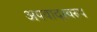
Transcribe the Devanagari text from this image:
अपवादस्वरुप